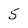
Character: 5